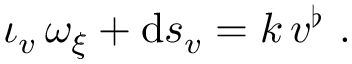
\begin{array} { r } { \iota _ { v } \, \omega _ { \xi } + \mathrm { d } s _ { v } = k \, v ^ { \flat } \ . } \end{array}